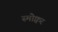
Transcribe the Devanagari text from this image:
स्मोक्वर